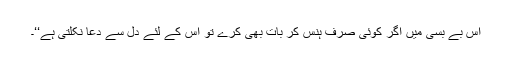
اس بے بسی میں اگر کوئی صرف ہنس کر بات بھی کرے تو اس کے لئے دل سے دعا نکلتی ہے‘‘۔